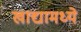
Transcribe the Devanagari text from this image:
खाद्यामध्ये